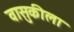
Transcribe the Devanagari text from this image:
वासुकीला